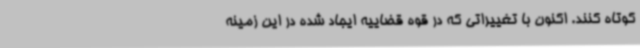
کوتاه کنند. اکنون با تغییراتی که در قوه قضاییه ایجاد شده در این زمینه